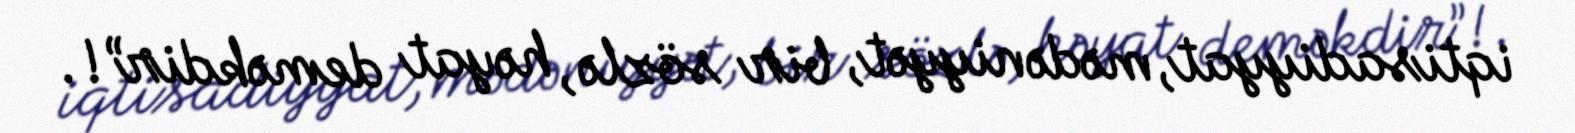
iqtisadiyyat, mədəniyyət, bir sözlə, həyat deməkdir”!.